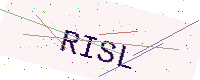
Text: RISL